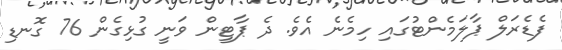
ފެޑެރަލް ޕާލަމެންޓުގައި ހިމެނެ އެވެ. ދެ ޕާޓީން ވަނީ ގުޅިގެން 76 ގޮނޑި